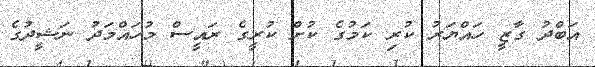
އަބްދު ގާޒީ ހައްޔަރު ކުރި ކަމުގެ ކުށް ކުރީގެ ރައީސް މުހައްމަދު ނަޝީދުގެ